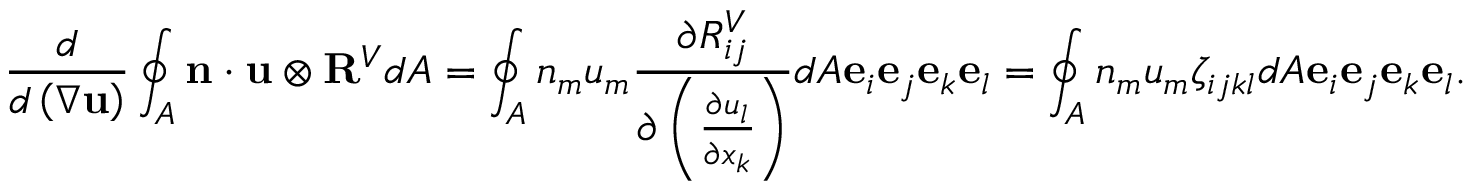
\frac { d } { d \left( \nabla \mathbf { u } \right) } \oint _ { A } \mathbf { n } \cdot \mathbf { u } \otimes \mathbf { R } ^ { V } d A = \oint _ { A } n _ { m } u _ { m } \frac { \partial R _ { i j } ^ { V } } { \partial \left( \frac { \partial u _ { l } } { \partial x _ { k } } \right) } d A \mathbf { e } _ { i } \mathbf { e } _ { j } \mathbf { e } _ { k } \mathbf { e } _ { l } = \oint _ { A } n _ { m } u _ { m } \zeta _ { i j k l } d A \mathbf { e } _ { i } \mathbf { e } _ { j } \mathbf { e } _ { k } \mathbf { e } _ { l } .